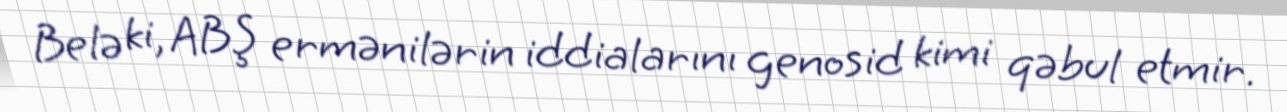
Belə ki, ABŞ ermənilərin iddialarını genosid kimi qəbul etmir.